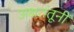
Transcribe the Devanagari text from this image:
अक्षतंतूनी